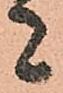
者